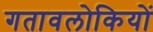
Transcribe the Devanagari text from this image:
गतावलोकियों